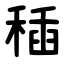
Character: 䅤